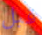
قبل